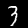
Label: 3